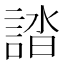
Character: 誻